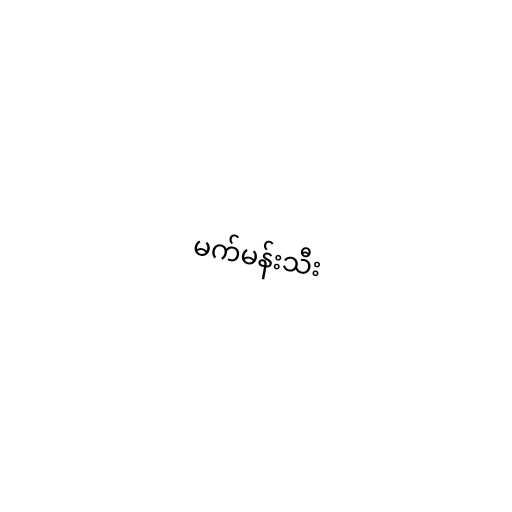
မက်မန်းသီး